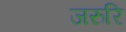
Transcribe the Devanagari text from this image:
जरुरि